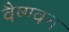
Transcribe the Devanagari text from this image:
वैष्ण्वन